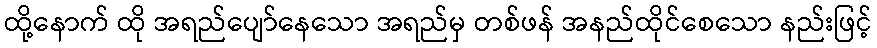
ထို့နောက် ထို အရည်ပျော်နေသော အရည်မှ တစ်ဖန် အနည်ထိုင်စေသော နည်းဖြင့်